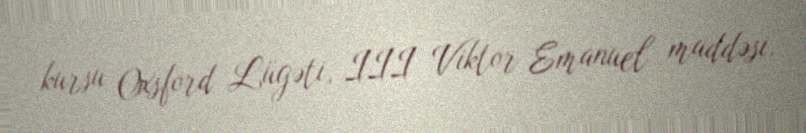
kursu Oxsford Lügəti, III Viktor Emanuel maddəsi.